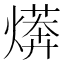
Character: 𭶄